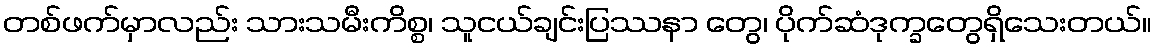
တစ်ဖက်မှာလည်း သားသမီးကိစ္စ၊ သူငယ်ချင်းပြဿနာ တွေ၊ ပိုက်ဆံဒုက္ခတွေရှိသေးတယ်။